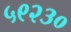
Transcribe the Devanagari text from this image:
५९२३०